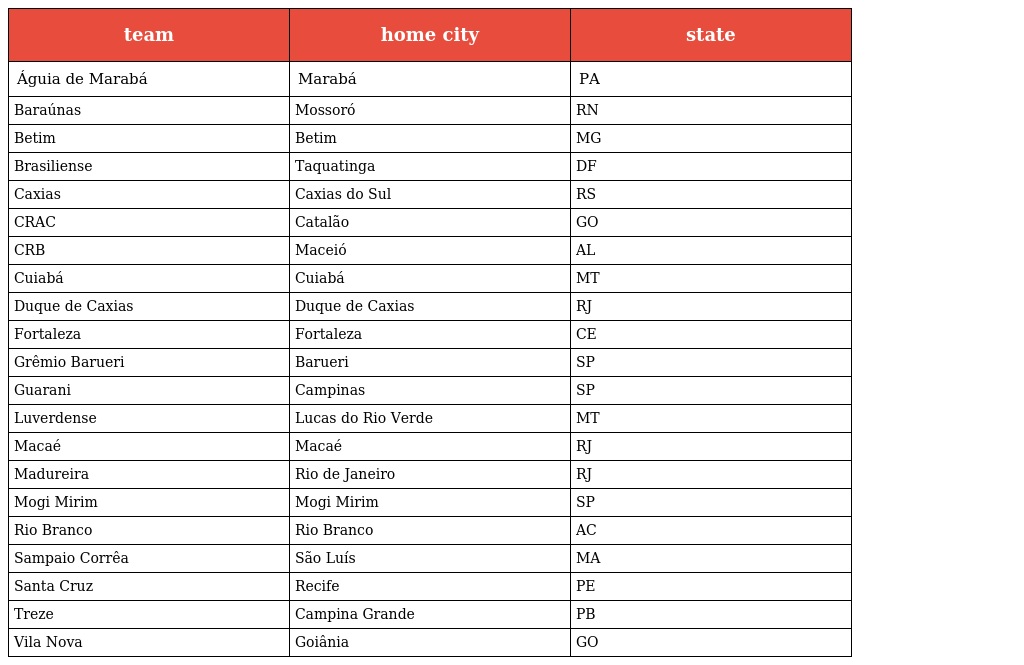
| team | home city | state |
 | --- | --- | --- |
 | Águia de Marabá | Marabá | PA |
 | Baraúnas | Mossoró | RN |
 | Betim | Betim | MG |
 | Brasiliense | Taquatinga | DF |
 | Caxias | Caxias do Sul | RS |
 | CRAC | Catalão | GO |
 | CRB | Maceió | AL |
 | Cuiabá | Cuiabá | MT |
 | Duque de Caxias | Duque de Caxias | RJ |
 | Fortaleza | Fortaleza | CE |
 | Grêmio Barueri | Barueri | SP |
 | Guarani | Campinas | SP |
 | Luverdense | Lucas do Rio Verde | MT |
 | Macaé | Macaé | RJ |
 | Madureira | Rio de Janeiro | RJ |
 | Mogi Mirim | Mogi Mirim | SP |
 | Rio Branco | Rio Branco | AC |
 | Sampaio Corrêa | São Luís | MA |
 | Santa Cruz | Recife | PE |
 | Treze | Campina Grande | PB |
 | Vila Nova | Goiânia | GO |